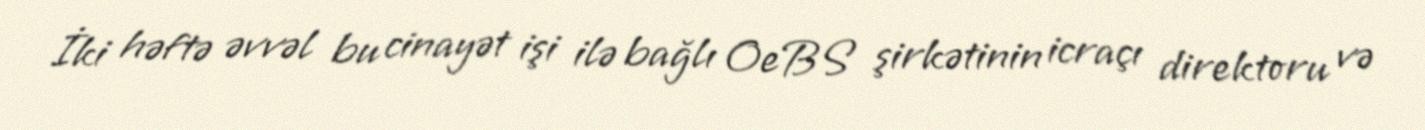
İki həftə əvvəl bu cinayət işi ilə bağlı OeBS şirkətinin icraçı direktoru və